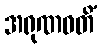
အရုဏဝတိံ